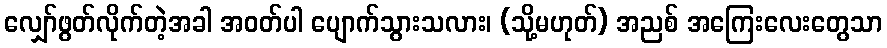
လျှော်ဖွတ်လိုက်တဲ့အခါ အဝတ်ပါ ပျောက်သွားသလား၊ (သို့မဟုတ်) အညစ် အကြေးလေးတွေသာ